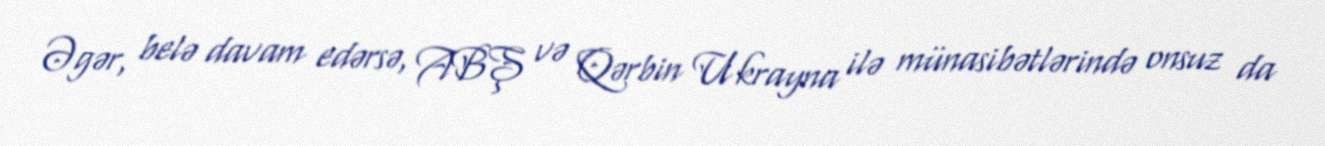
Əgər, belə davam edərsə, ABŞ və Qərbin Ukrayna ilə münasibətlərində onsuz da